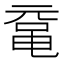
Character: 鼋